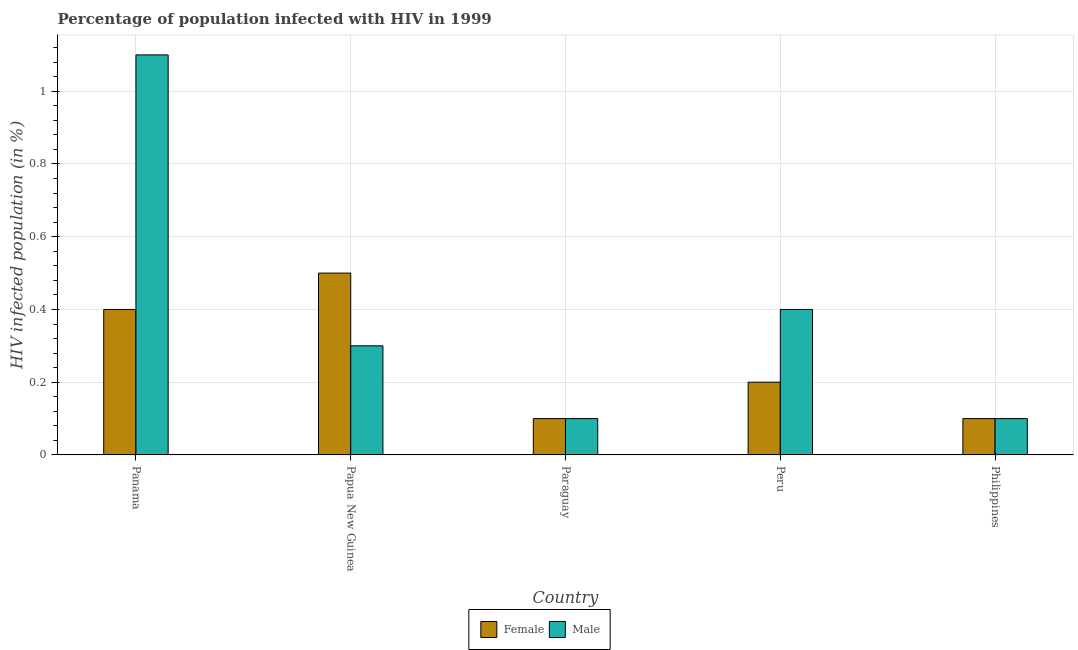
| Country | Female | Male |
 | --- | --- | --- |
 | Panama | 0.4 | 1.1 |
 | Papua New Guinea | 0.5 | 0.3 |
 | Paraguay | 0.1 | 0.1 |
 | Peru | 0.2 | 0.4 |
 | Philippines | 0.1 | 0.1 |